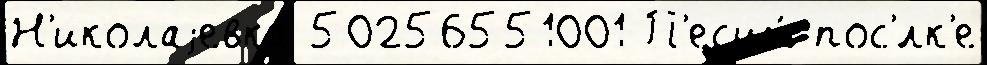
Н'иколаjевка 50256551001 П'есцы́ пос'́лк'е